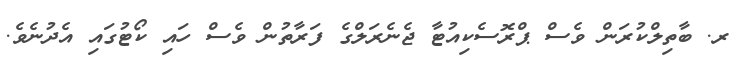
ރ. ބާތިލްކުރަން ވެސް ޕްރޮސެކިއުޓާ ޖެނެރަލްގެ ފަރާތުން ވެސް ހައި ކޯޓުގައި އެދުނެވެ.